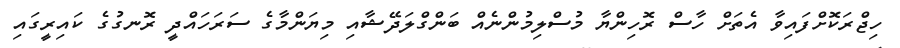
ހިޖްރަކޮށްފައިވާ އެތަށް ހާސް ރޮހިންޔާ މުސްލިމުންނެއް ބަންގްލަދޭޝާއި މިޔަންމާގެ ސަރަހައްދީ ރޮނގުގެ ކައިރީގައި